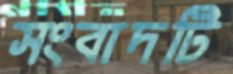
সংবাদটি